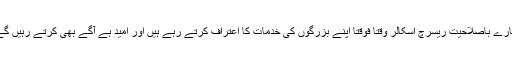
ہمارے باصلاحیت ریسرچ اسکالر وقتاً فوقتاً اپنے بزرگوں کی خدمات کا اعتراف کرتے رہے ہیں اور اُمید ہے آگے بھی کرتے رہیں گے۔